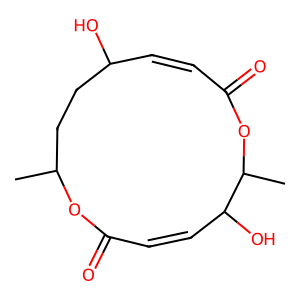
SMILES: CC1CCC(O)C=CC(=O)OC(C)C(O)C=CC(=O)O1
Inhibits HIV replication: No